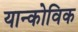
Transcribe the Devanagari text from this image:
यान्कोविक